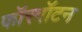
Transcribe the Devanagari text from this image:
फॉरगॉटन